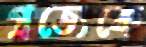
প্রত্যেকে